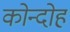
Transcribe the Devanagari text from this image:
कोन्‍दोह